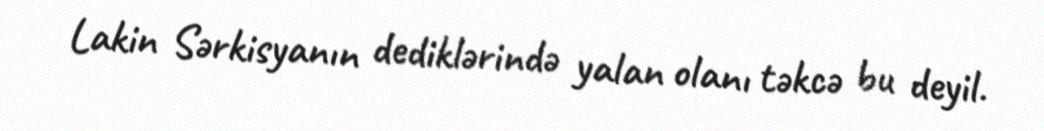
Lakin Sərkisyanın dediklərində yalan olanı təkcə bu deyil.